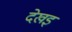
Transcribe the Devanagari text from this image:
देखइ